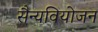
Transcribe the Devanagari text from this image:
सैन्यवियोजन